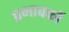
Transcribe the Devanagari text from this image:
प्रभावकों